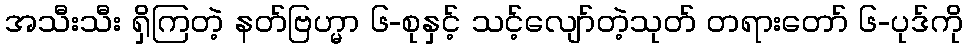
အသီးသီး ရှိကြတဲ့ နတ်ဗြဟ္မာ ၆-စုနှင့် သင့်လျော်တဲ့သုတ် တရားတော် ၆-ပုဒ်ကို